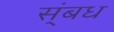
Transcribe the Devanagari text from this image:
स्ंबध